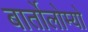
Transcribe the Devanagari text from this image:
बार्तोलोम्यो